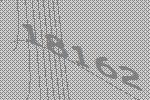
18162